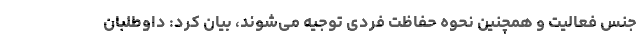
جنس فعالیت و همچنین نحوه حفاظت فردی توجیه می‌شوند، بیان کرد: داوطلبان